Report of the Hyderabad Chloroform Commission
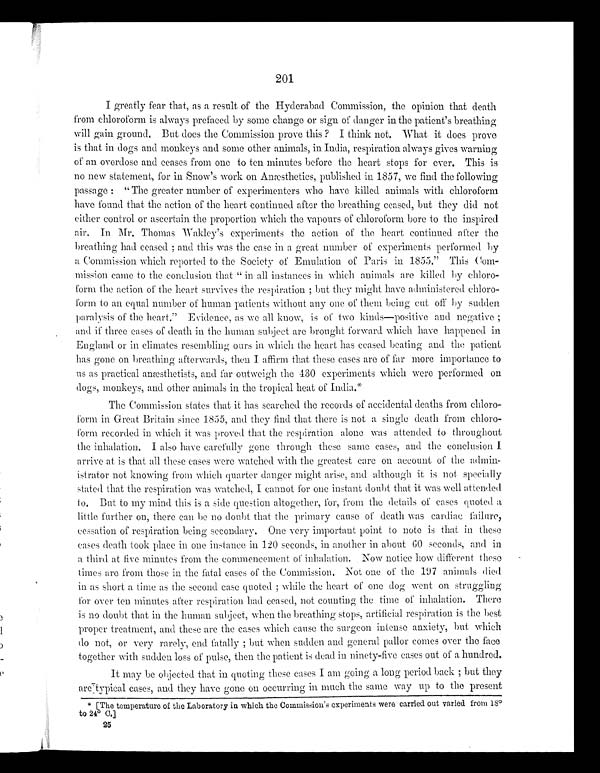
201
I greatly fear that, as a result of the Hyderabad Commission, the opinion that death
from chloroform is always prefaced by some change or sign of danger in the patient's breathing
will gain ground. But does the Commission prove this ? I think not. What it does prove
is that in dogs and monkeys and some other animals, in India, respiration always gives warning
of an overdose and ceases from one to ten minutes before the heart stops for ever. This is
no new statement, for in Snow's work on Anæsthetics, published in 1857, we find the following
passage : “ The greater number of experimenters who have killed animals with chloroform
have found that the action of the heart continued after the breathing ceased, but they did not
either control or ascertain the proportion which the vapours of chloroform bore to the inspired
air. In Mr. Thomas Wakley's experiments the action of the heart continued after the
breathing had ceased ; and this was the case in a great number of experiments performed by
a Commission which reported to the Society of Emulation of Paris in 1855.” This Com
–mission came to the conclusion that “ in all instances in which animals are killed by chloro-
–form the action of the heart survives the respiration ; but they might have administered chloro-
form to an equal number of human patients without any one of them being cut off by sudden
paralysis of the heart.” Evidence, as we all know, is of two kinds—positive and negative ;
and if three cases of death in the human subject are brought forward which have happened in
England or in climates resembling ours in which the heart has ceased beating and the patient
has gone on breathing afterwards, then I affirm that these cases are of far more importance to
us as practical anæsthetists, and far outweigh the 430 experiments which were performed on
dogs, monkeys, and other animals in the tropical heat of India.*
The Commission states that it has searched the records of accidental deaths from chloro
–form in Great Britain since 1855, and they find that there is not a single death from chloro
– f o r m r e c o r d e d i n w h i c h i t w a s p r o v e d t h a t t h e r e s p i r a t i o n a l o n e w a s a t t e n d e d t o t h r o u g h o u t
the inhalation. I also have carefully gone through these same cases, and the conclusion I
arrive at is that all these cases were watched with the greatest care on account of the admin–-
istrator not knowing from which quarter danger might arise, and although it is not specially
stated that the respiration was watched, I cannot for one instant doubt that it was well attended
to. But to my mind this is a side question altogether, for, from the details of cases quoted a
little further on, there can be no doubt that the primary cause of death was cardiac failure,
cessation of respiration being secondary. One very important point to note is that in these
cases death took place in one instance in 120 seconds, in another in about 60 seconds, and in
a third at five minutes from the commencement of inhalation. Now notice how different i hese
times are from those in the fatal cases of the Commission. Not one of the 197 animals died
in as short a time as the second case quoted ; while the heart of one dog went on struggling
for over ten minutes after respiration had ceased, not counting the time of inhalation. There
is no doubt that in the human subject, when the breathing stops, artificial respiration is the best
proper treatment, and these are the cases which cause the surgeon intense anxiety, but which
do not, or very rarely, end fatally ; but when sudden and general pallor comes over the face
together with sudden loss of pulse, then the patient is dead in ninety–five cases out of a hundred.
It may be objected that in quoting these cases I am going a long period back ; but they
are typical cases, and they have gone on occurring in much the same way up to the present
[The temperature of the Laboratory in which the Commission's experiments were carried out varied from 18°t
o 24° C.]
25